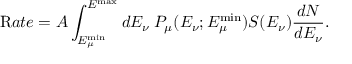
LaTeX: { \mathrm R a t e } = A \int _ { E _ { \mu } ^ { \mathrm { m i n } } } ^ { E ^ { \mathrm { m a x } } } d E _ { \nu } \: P _ { \mu } ( E _ { \nu } ; E _ { \mu } ^ { \mathrm { m i n } } ) S ( E _ { \nu } ) { \frac { d N } { d E _ { \nu } } } .